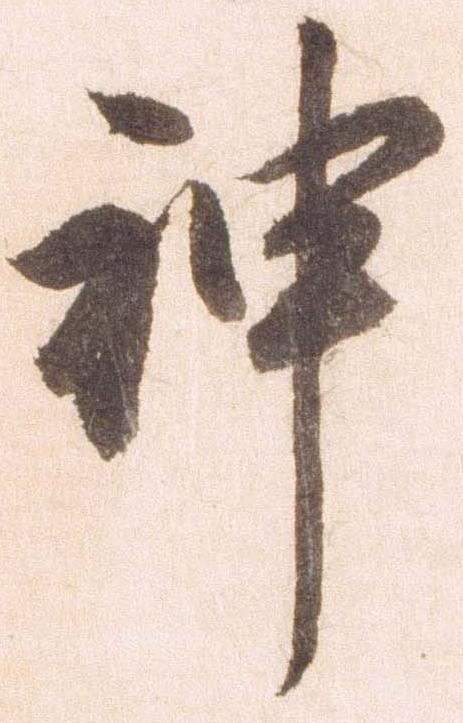
神